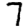
Digit: 7